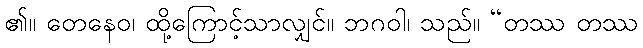
၏။ တေနေဝ၊ ထို့ကြောင့်သာလျှင်။ ဘဂဝါ၊ သည်။ “တဿ တဿ